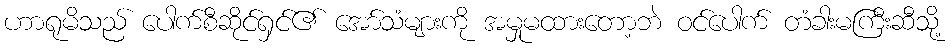
ဟာရုမိသည် ပေါက်စီဆိုင်ရှင်၏ အော်သံများကို အမှုမထားတော့ဘဲ ဝင်ပေါက် တံခါးမကြီးဆီသို့